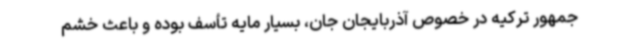
جمهور ترکیه در خصوص آذربایجان جان، بسیار مایه تأسف بوده و باعث خشم